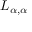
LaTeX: L _ { \alpha , \alpha }